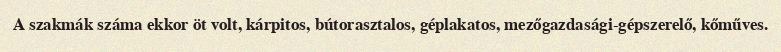
A szakmák száma ekkor öt volt, kárpitos, bútorasztalos, géplakatos, mezőgazdasági-gépszerelő, kőműves.